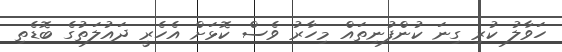
ހަވާލު ކުރި ގިނަ ކުންފުނިތައް މިހާރު ވެސް ކޮޅަށް އެހެރީ ދައުލަތުގެ ބޮޑެތި